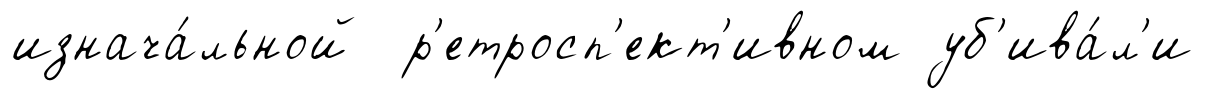
изнача́льной р'етросп'ект'ивном уб'ива́л'и